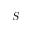
\boldsymbol { S }